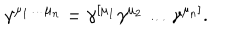
LaTeX: \gamma ^ { \mu _ { 1 } \ldots \mu _ { n } } = \gamma ^ { [ \mu _ { 1 } } \gamma ^ { \mu _ { 2 } } \ldots \gamma ^ { \mu _ { n } ] } .